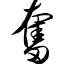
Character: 奋